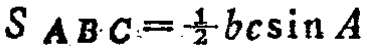
$S_{ABC}=\frac{1}{2}bc\sin A$